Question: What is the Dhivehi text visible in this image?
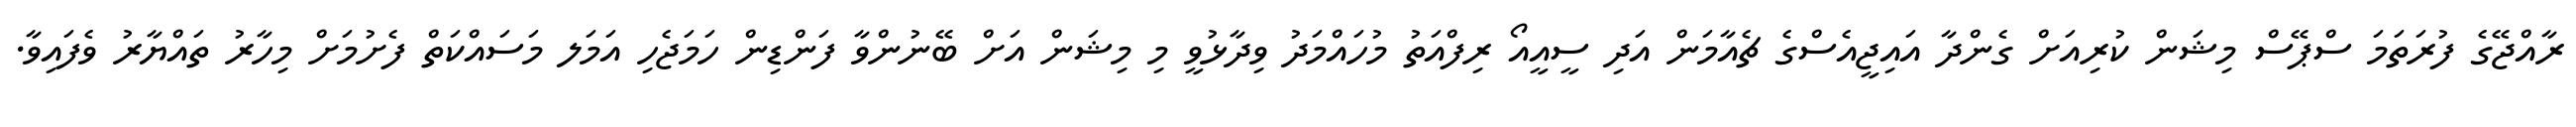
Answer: ރާއްޖޭގެ ފުރަތަމަ ސްޕޭސް މިޝަން ކުރިއަށް ގެންދާ އައިޖީއެސްގެ ޗެއާމަން އަދި ސީއީއޯ ރިފްއަތު މުހައްމަދު ވިދާޅުވީ މި މިޝަން އަށް ބޭނުންވާ ފަންޑިން ހަމަޖެހި އަމަލ މަސައްކަތް ފެށުމަށް މިހާރު ތައްޔާރު ވެފައިވާ.